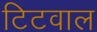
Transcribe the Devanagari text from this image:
टिटवाल